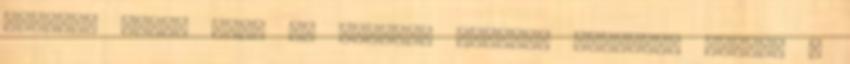
gondol, hanem amit az emberek hallani akarnak. Kifelé a